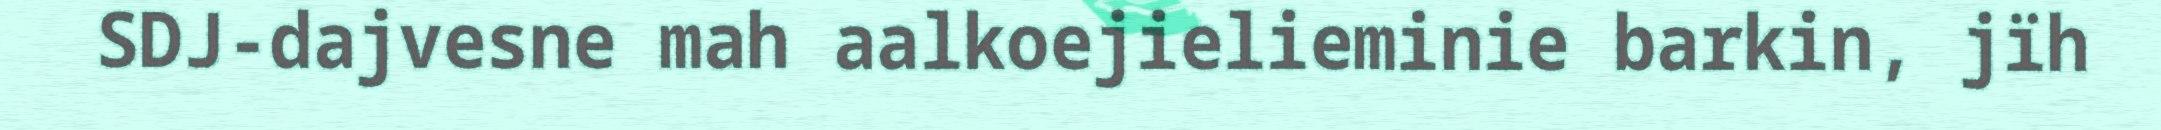
SDJ-dajvesne mah aalkoejielieminie barkin, jïh